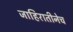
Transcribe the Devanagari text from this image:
जाहिरातीनेच